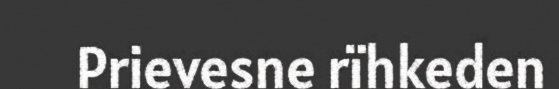
Prievesne rïhkeden